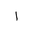
Letter: _alif